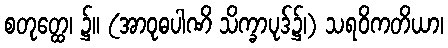
စတုတ္ထေ၊ ၌။ (အာဝုဓပါဏိ သိက္ခာပုဒ်၌၊) သရဝိကတိယာ၊